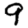
Digit: 9